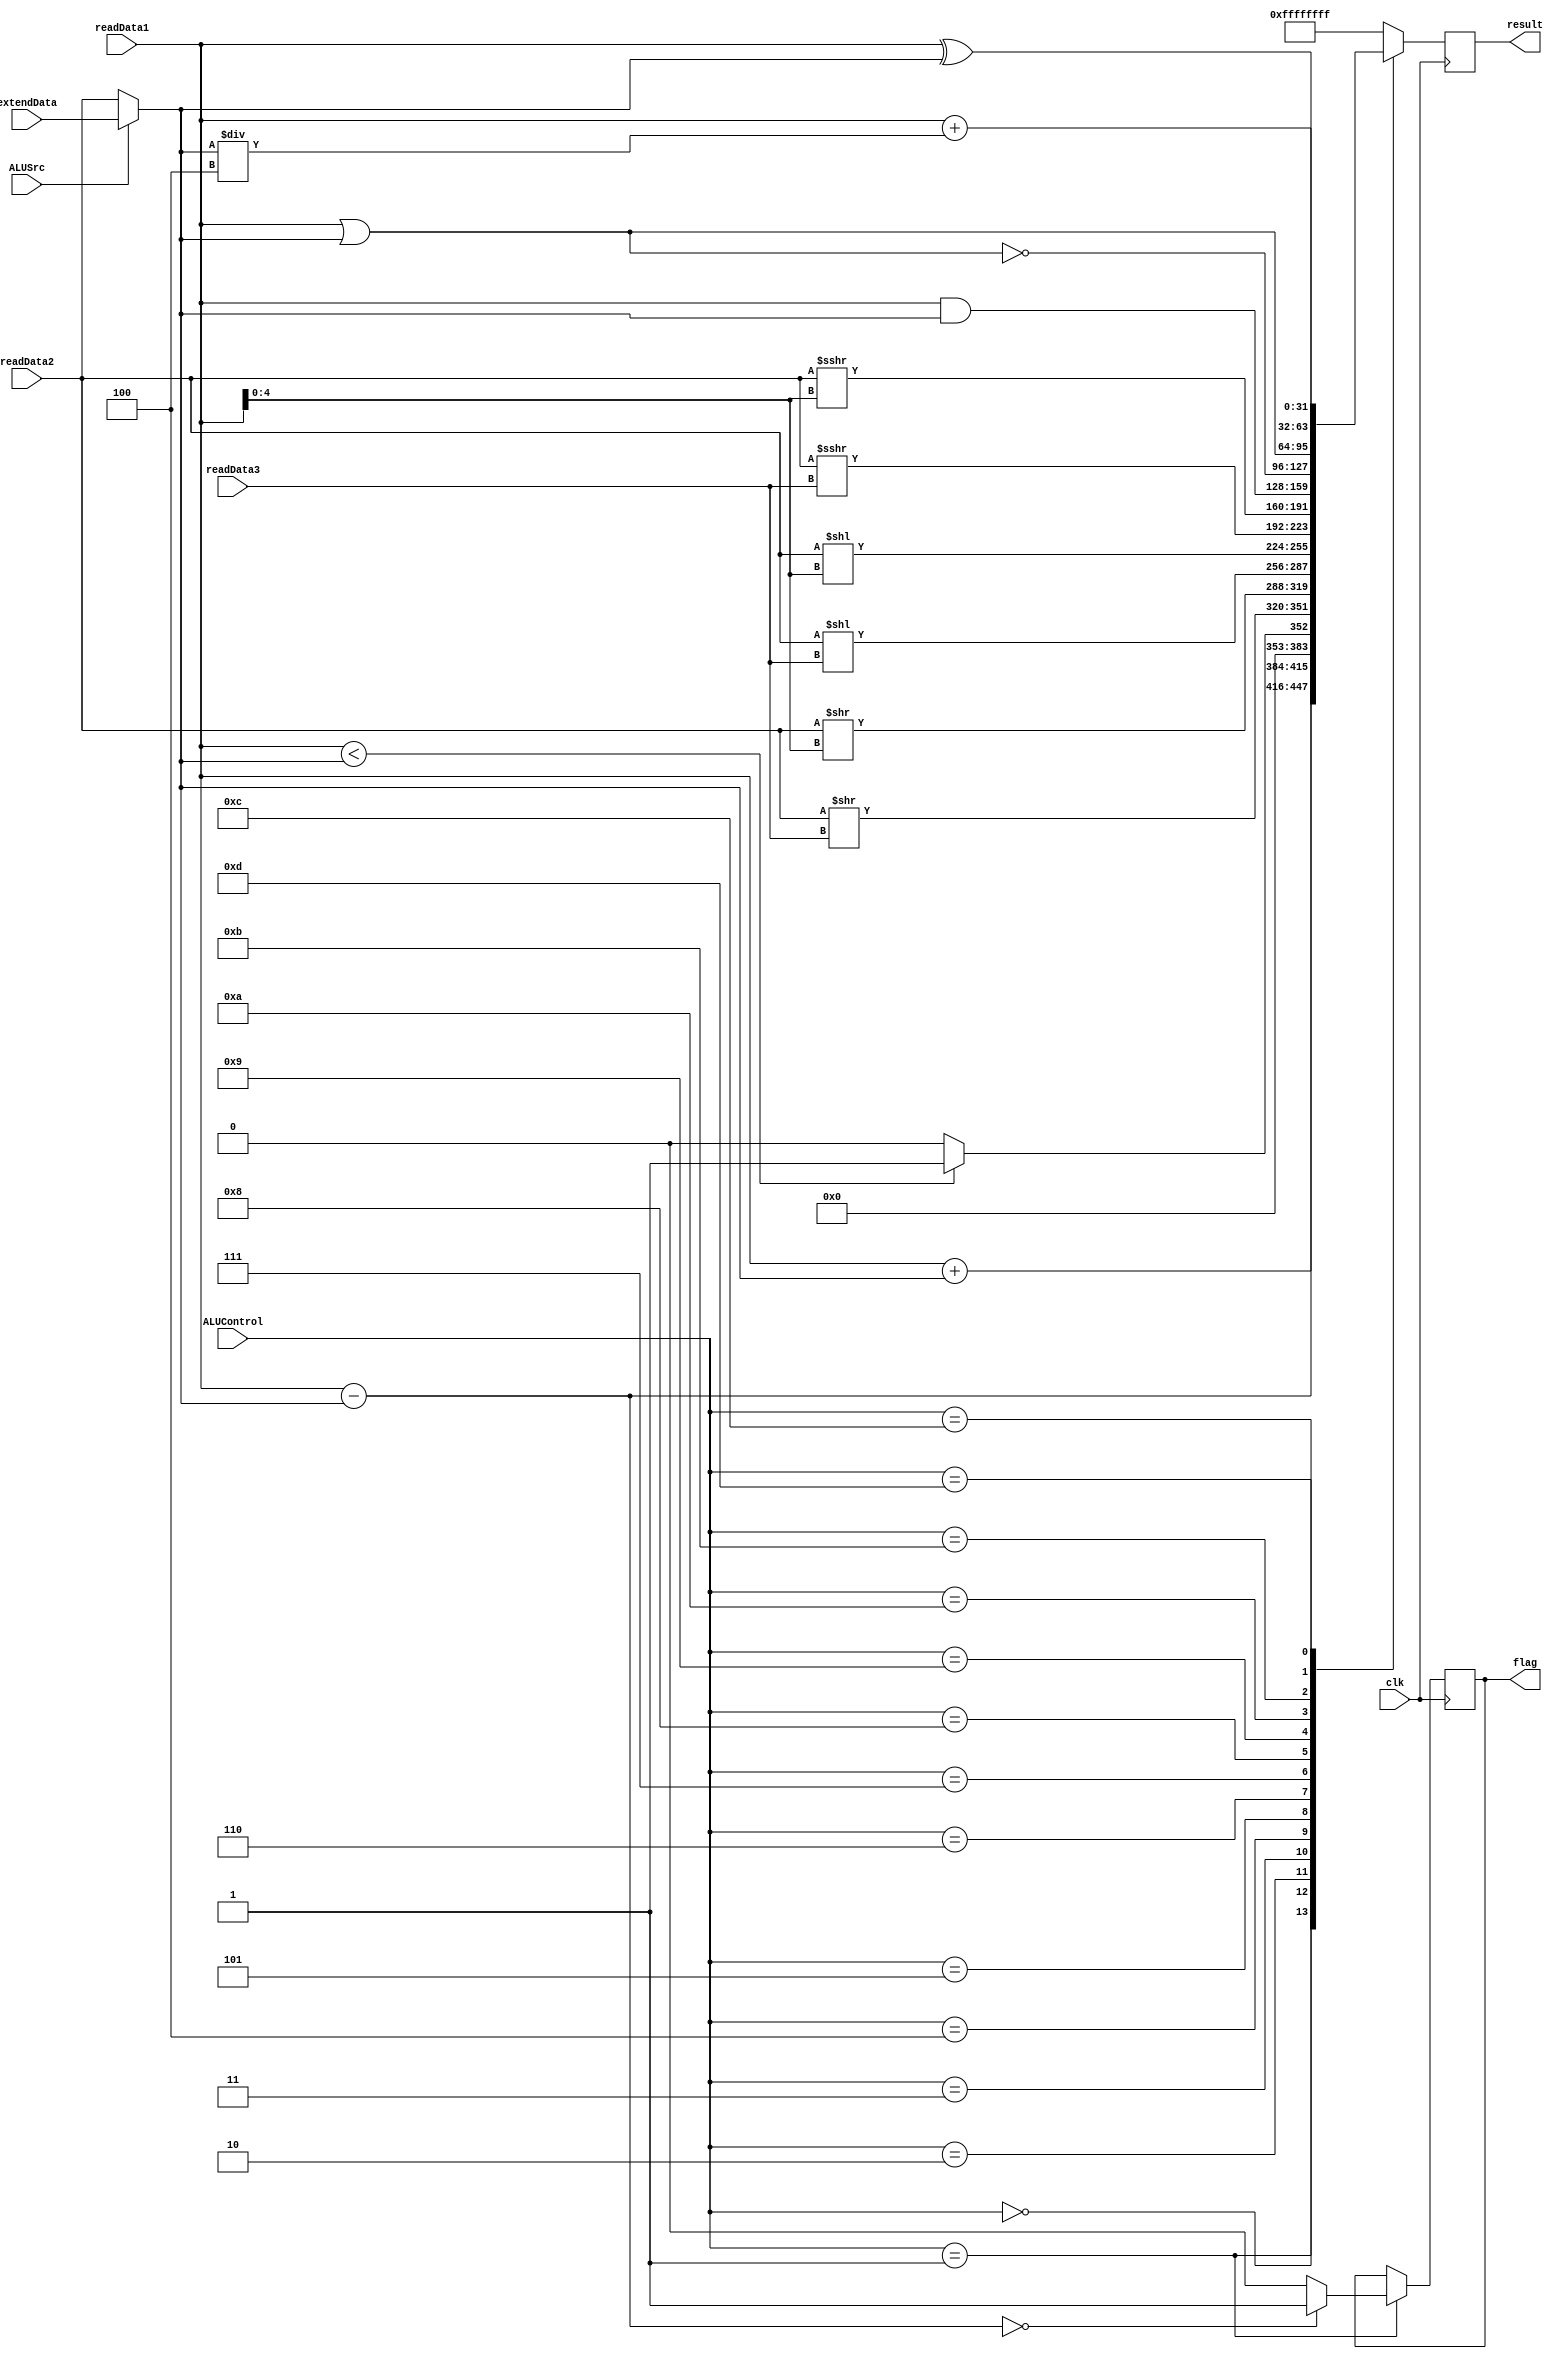
/* ALU gets the data from registers and control signals as inputs 
**   Then output the outcome and zero flag
*/

`timescale 100fs/100fs
module ALU
    (   //Inputs
        input [31:0] readData1, readData2, extendData,  //[25:21]      [20:16]      Immediate number after sign extend
        input [4:0] readData3,      //[10:6]
        input clk, ALUSrc,     //Select the ReadData2 or extendData
        input [3:0] ALUControl,

        //Outputs
        output reg signed[31:0] result,
        output reg flag
    );

    initial begin
        result = 0;
    end

    wire [31:0] datain;
    assign datain = ALUSrc ? extendData : readData2;


    always @(negedge clk) begin
        case (ALUControl)
            //"+": add, addi, addu, addiu, lw, sw,
            4'b0000: result = readData1 + datain;  

            //"-": sub, subu, beq, bne
            4'b0001: begin
                result = readData1 - datain;
                flag = (result == 0) ? 1 : 0;     //zero flag
            end

            //compare: slt
            4'b0010: result = readData1 < datain ? 1 : 0;

            //logic shift right: srl
            4'b0011: result = readData2 >> readData3; 

            //logic shift right: srlv
            4'b0100: result = readData2 >> readData1[4:0];       //pick low-order five bits. 

            //logic shift left: sll
            4'b0101: result = readData2 << readData3; 

            //logic shift left: sllv
            4'b0110: result = readData2 << readData1[4:0];     //pick low-order five bits. 

            //arithmetic shift right: sra
            4'b0111: result = ($signed(readData2)) >>> readData3; 

            //arithmetic shift right shamet: srav
            4'b1000: result = ($signed(readData2)) >>> readData1[4:0];  //pick low-order five bits. 

            //and, andi
            4'b1001: result = readData1 & datain;

            //nor
            4'b1010: result = readData1 ~| datain;  

            //or, ori
            4'b1011: result = readData1 | datain; 

            //xor, xori
            4'b1100: result = readData1 ^ datain;

            //"+": lw, sw,
            4'b1101: result = readData1 + datain / 4;   

            default: result = 32'hffffffff;
        endcase

    end

endmodule